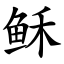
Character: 稣